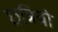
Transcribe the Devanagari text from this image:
छत्रियो